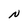
Character: N